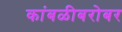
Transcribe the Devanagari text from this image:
कांबळीबरोबर